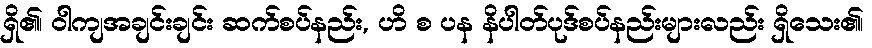
ရှိ၏၊ ဝါကျအချင်းချင်း ဆက်စပ်နည်း, ဟိ စ ပန နိပါတ်ပုဒ်စပ်နည်းများလည်း ရှိသေး၏၊